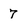
Character: 7